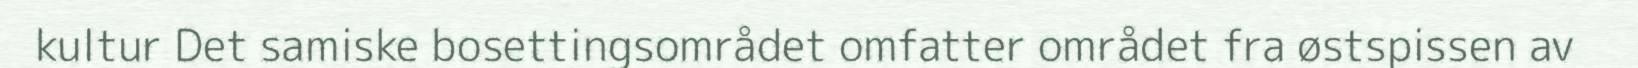
kultur Det samiske bosettingsområdet omfatter området fra østspissen av